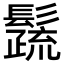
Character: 𩯕